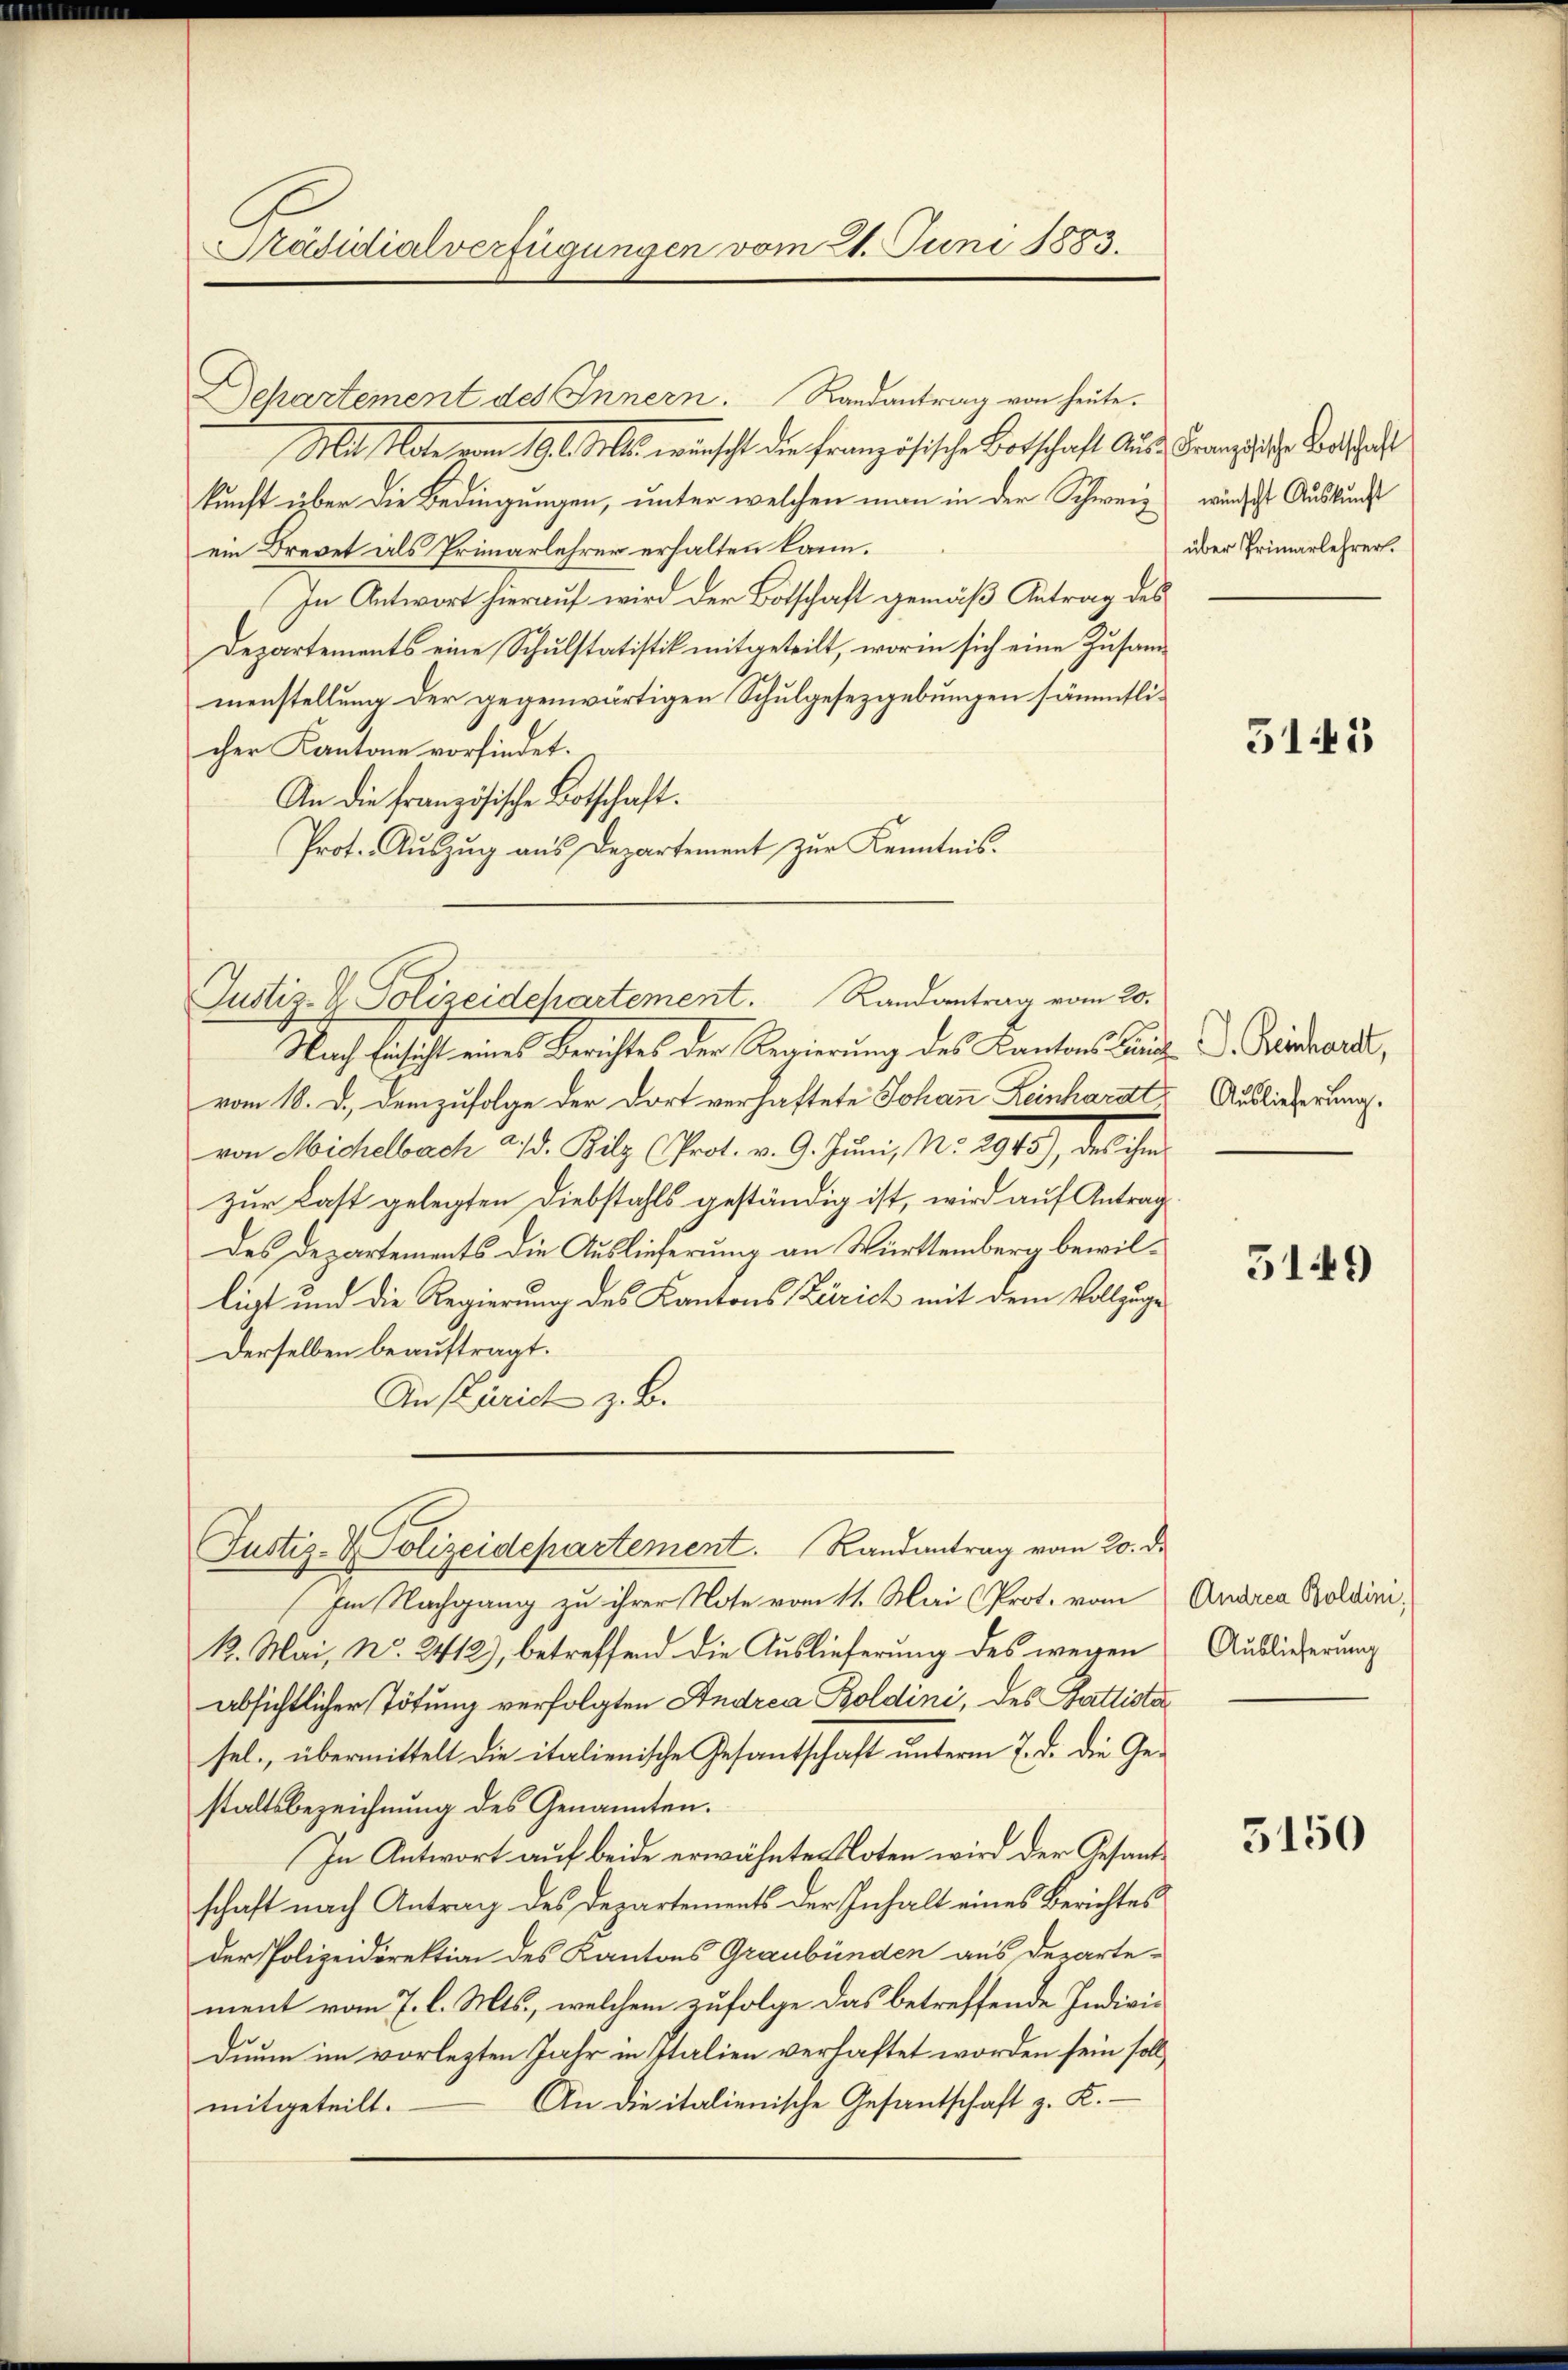
Präsidialverfügungen vom 21. Juni 1883.

Departement des Innern. Randantrag von heute.

Mit state vom 19. d. Mts. wünscht die französische Botschaft aus Franz 28. Bratthalt
kunft über die Bedingungen, unter welchen man in der Schweiz wurdest Auskunft
ein Brevet als Primarlehrer erhalten kann.
In Antwort hierauf wird der Botschaft gemäß Antrag des
Departements eine Schulstatistik mitgeteilt, worin sich eine Zusammenstellung der gegenwärtigen Schulgesezgebungen sämmtlicher Kantone vorfindet.
An die französische Botschaft.
Prot. Auszug aus Departement zur Kenntnis.
Nach Einsicht eines Berichtes der Regierung des Kantons Band Geschardt,
vom 18. d. demzufolge der dort verhaftete Johann Leinhardt, Auslieferung
von Michelbach d. d. Bilz (Prot. v. 9. Juni, No. 2945), des ihm
zur Last gelegten Diebstahls geständig ist, wird auf Antragdes Departements die Auslieferung an Württemberg bewilliet und die Regierung des Kantons Zürich mit dem Vollzuge
Derselben beauftragt.
An (Zürich z. B.
Justiz- & Polizeidepartement. Randantrag vom 20. d.
Im Nachgang zu ihrer Note vom 11. Mai (Prot. vom Andrea Boldini,
k. Mai, No. 2412), betreffend die Auslieferung des wegen
absichtlicher Tötung verfolgten Andrea Boldini, des Gattista
sel., übermittelt die italienische Gesandschaft unterm 7. d. die Gestaltsbezeichnung des Genannten.
In Antwort auf beide erwähnte Noten wird der Gesandschaft nach Antrag des Departements der Inhalt eines Berichtes
der Polizeidirektion des Kantons Graubünden aus Departe-
ment vom 7. l. Mts., welchem zufolge das betreffende Individuum im vorlezten Jahr in Italien verhaftet worden sein soll,
An die italienische Gesantschaft z. K.
mitgeteilt.

Justiz- & Polizeidepartement. Randantrag vom 20.

über Primarlehrer.

5145

5149

Auslieferung

5150